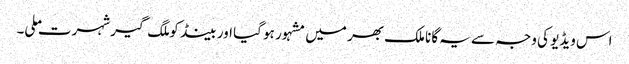
اس ویڈیو کی وجہ سے یہ گانا ملک بھر میں مشہور ہو گیا اور بینڈ کو ملگ گیر شہرت ملی۔